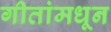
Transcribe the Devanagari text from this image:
गीतांमधून